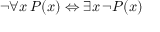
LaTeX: \lnot \forall x \, P ( x ) \Leftrightarrow \exists x \, \lnot P ( x )